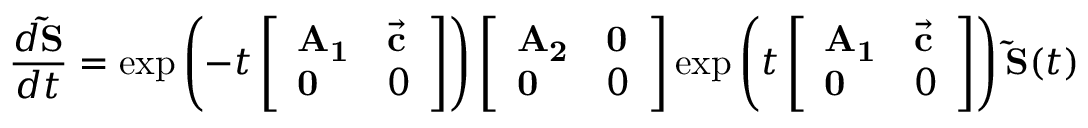
\frac { d \mathbf { \widetilde { S } } } { d t } = \exp \left( - t \left[ \begin{array} { l l } { \mathbf { A _ { 1 } } } & { \vec { \mathbf c } } \\ { \mathbf 0 } & { 0 } \end{array} \right] \right) \left[ \begin{array} { l l } { \mathbf { A _ { 2 } } } & { \mathbf 0 } \\ { \mathbf 0 } & { 0 } \end{array} \right] \mathrm { e x p } \left( t \left[ \begin{array} { l l } { \mathbf { A _ { 1 } } } & { \vec { \mathbf c } } \\ { \mathbf 0 } & { 0 } \end{array} \right] \right) \mathbf { \widetilde S } ( t )